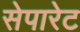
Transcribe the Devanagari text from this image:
सेपारेट